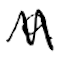
Text: a
Cross-out: zig-zag
Writing tool: digital_black